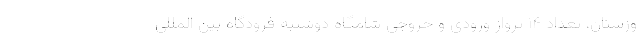
وزستان، تعداد ۱۴ پرواز ورودی و خروجی شامگاه دوشنبه فرودگاه بین المللی